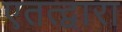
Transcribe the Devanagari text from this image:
एतत्द्वारा